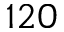
1 2 0